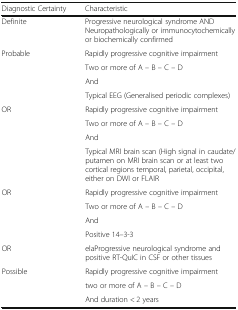
| Diagnostic Certainty | Characteristic |
 | --- | --- |
 | Definite | Progressive neurological syndrome AND Neuropathologically or immunocytochemically or biochemically confirmed |
 | <ROWSPAN=4> Probable | Rapidly progressive cognitive impairment |
 | Two or more of A – B – C – D |
 | And |
 | Typical EEG (Generalised periodic complexes) |
 | <ROWSPAN=4> OR | Rapidly progressive cognitive impairment |
 | Two or more of A – B – C – D |
 | And |
 | Typical MRI brain scan (High signal in caudate/putamen on MRI brain scan or at least two cortical regions temporal, parietal, occipital, either on DWI or FLAIR |
 | <ROWSPAN=4> OR | Rapidly progressive cognitive impairment |
 | Two or more of A – B – C – D |
 | And |
 | Positive 14–3-3 |
 | OR | elaProgressive neurological syndrome and positive RT-QuIC in CSF or other tissues |
 | <ROWSPAN=3> Possible | Rapidly progressive cognitive impairment |
 | two or more of A – B – C – D |
 | And duration < 2 years |